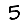
Digit: 5